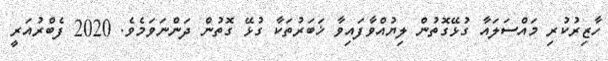
ހާޒިރުކުރި މައްސަލައާ ގުޅޭގޮތުން ލިޔުއްވާފައިވާ ޚަބަރުތަކާ ގުޅޭ ގޮތުން ދަންނަވަމެވެ. 2020 ފެބްރުއަރީ